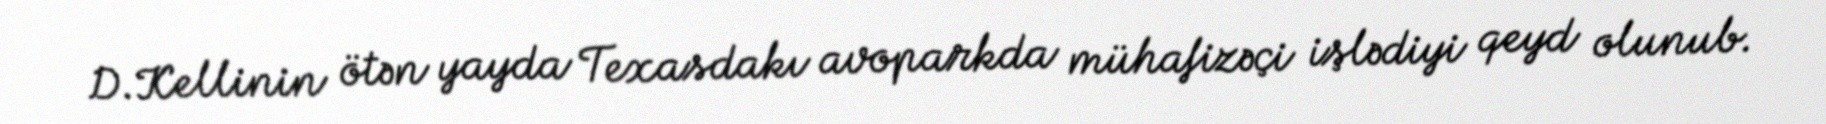
D.Kellinin ötən yayda Texasdakı avoparkda mühafizəçi işlədiyi qeyd olunub.